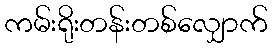
ကမ်းရိုးတန်းတစ်လျှောက်